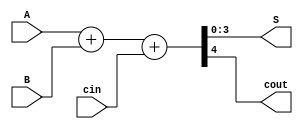
//Behavioral description of a 4-bit adder

module adder4 (S, cout, A, B, cin);
   
   input [3:0]A, B;   input cin;
   output [3:0] S; output cout;

  assign {cout,S}=A+B+cin;

endmodule